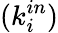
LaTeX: (k_{i}^{in})